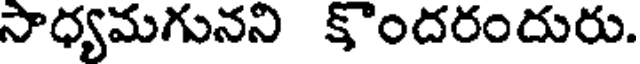
సాధ్యమగునని కొందరందురు.